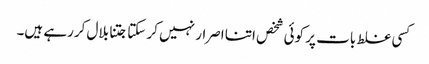
کسی غلط بات پر کوئی شخص اتنا اصرار نہیں کر سکتا جتنا بلال کررہے ہیں۔